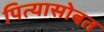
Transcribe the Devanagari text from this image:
पित्यासोबत